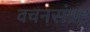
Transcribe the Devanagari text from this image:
वचनसंग्रह